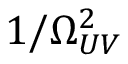
1 / \Omega _ { U V } ^ { 2 }